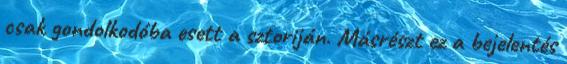
csak gondolkodóba esett a sztoriján. Másrészt ez a bejelentés